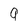
Character: 9